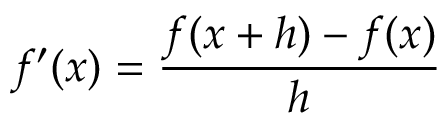
f ^ { \prime } ( x ) = \frac { f ( x + h ) - f ( x ) } { h }